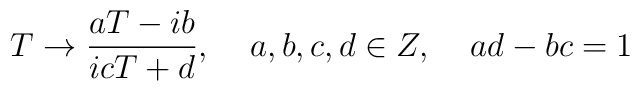
T\rightarrow \frac{aT-ib}{icT+d},\;\;\;\;a,b,c,d\in Z,\;\;\;\;ad-bc=1